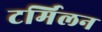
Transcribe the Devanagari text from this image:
टर्मिलन